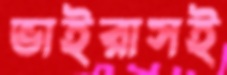
ভাইরাসই